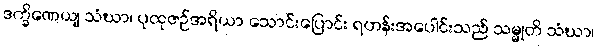
ဒက္ခိဏေယျ သံဃာ၊ ပုထုဇဉ်အရိယာ သောင်းပြောင်း ရဟန်းအပေါင်းသည် သမ္မုတိ သံဃာ၊